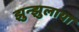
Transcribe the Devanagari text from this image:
झुन्झुलाया